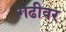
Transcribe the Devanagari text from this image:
गढीवर